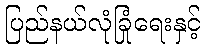
ပြည်နယ်လုံခြုံရေးနှင့်